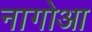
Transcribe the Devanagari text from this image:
नागोआ